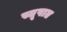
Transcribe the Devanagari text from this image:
स्तूपात